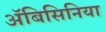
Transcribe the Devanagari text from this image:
अॅबिसिनिया